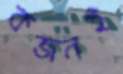
কজনই